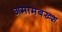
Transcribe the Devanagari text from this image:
अमामबख्श